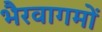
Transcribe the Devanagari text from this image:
भैरवागमों